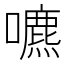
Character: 𡂘